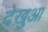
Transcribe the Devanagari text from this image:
देखुआ